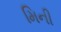
મિની